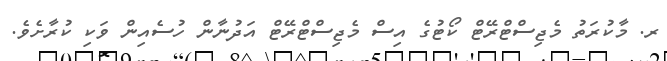
ރ. މާކުރަތު މެޖިސްޓްރޭޓް ކޯޓުގެ އިސް މެޖިސްޓްރޭޓް އަދުނާން ހުސެއިން ވަކި ކުރާށެވެ.